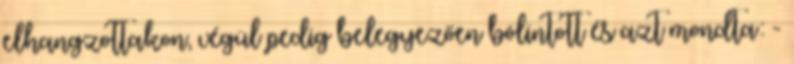
elhangzottakon, végül pedig belegyezően bólintott és azt mondta: -